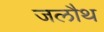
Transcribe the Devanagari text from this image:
जलौथ